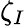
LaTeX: \zeta_{I}